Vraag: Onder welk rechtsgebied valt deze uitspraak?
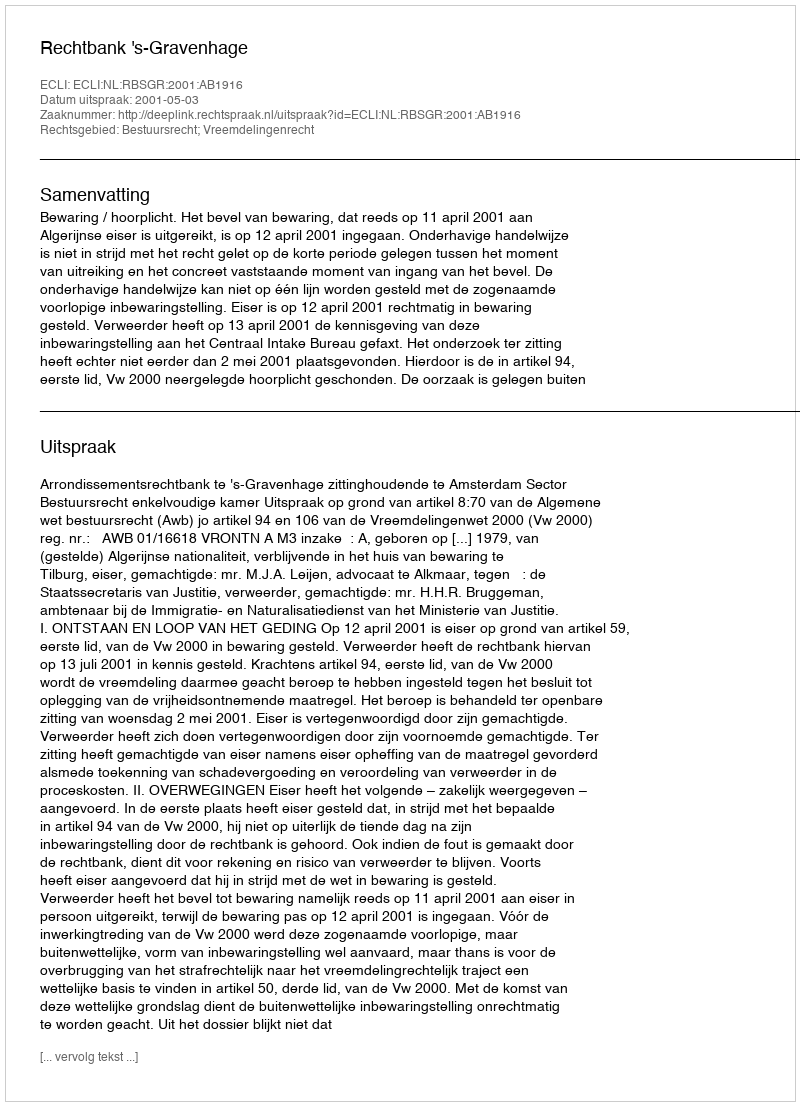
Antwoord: Bestuursrecht; Vreemdelingenrecht